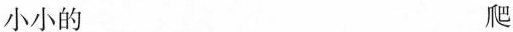
小小的 爬